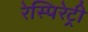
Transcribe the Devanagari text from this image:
रेस्पिरेट्री